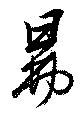
鼎